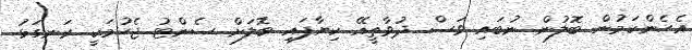
އެހެންކަމުން ބޮލުން ނުބައި ވަސް ދުވާތީއޭ ކިޔާފައި ބޮލަށް ސެންޓު ޖެހުމަކީ ރަނގަޅު